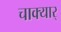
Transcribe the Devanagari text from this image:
चाक्यार्